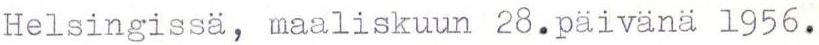
Helsingissä, maaliskuun 28. päivänä 1956.